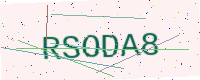
Text: RSODA8